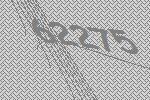
62275